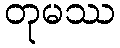
တုမဿ